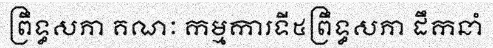
ព្រឹទ្ធសភា គណៈ កម្មការទី៥ព្រឹទ្ធសភា ដឹកនាំ